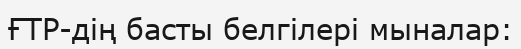
ҒТР-дің басты белгілері мыналар: